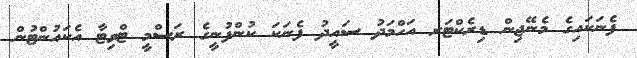
ފެނަކައިގެ މެނޭޖިން ޑިރެކްޓަރ އަހްމަދު ސައީދު ފެނަކަ ކުންފުނީގެ ރަސްމީ ޓްވިޓާ އެކައުންޓުން